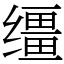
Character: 缰